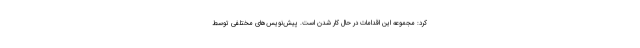
کرد: مجموعه این اقدامات در حال کار شدن است. پیش‌نویس‌های مختلفی توسط